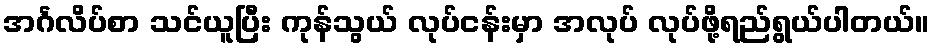
အင်္ဂလိပ်စာ သင်ယူပြီး ကုန်သွယ် လုပ်ငန်းမှာ အလုပ် လုပ်ဖို့ရည်ရွယ်ပါတယ်။